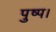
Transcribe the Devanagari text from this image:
पुष्प।